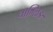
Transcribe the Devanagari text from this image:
चाम्लिङ